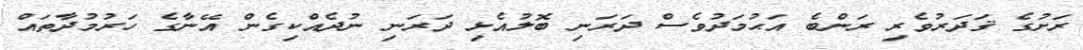
ރަށުގެ ޤަދަރުވެރި ރަންބެ އަޙުމަދުވެސް ދަރަނި ބޮލުއެޅި ދަރަނި ނުދެއްކިގެން އޭނާގެ ހަރުމުދާތައް